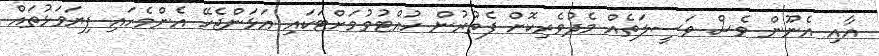
އާއި އެނޫން ވެސް ވަސީލަތެއް މެދުވެރިކޮށް ފެތުރުން ހުއްޓުވުމަށްޓަކައި އަޅަންޖެހޭ އެންމެހައި ފިޔަވަޅުތައް